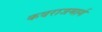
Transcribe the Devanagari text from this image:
कवराजमार्ग